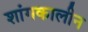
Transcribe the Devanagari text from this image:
शांगकालीन